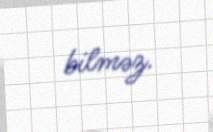
bilməz.